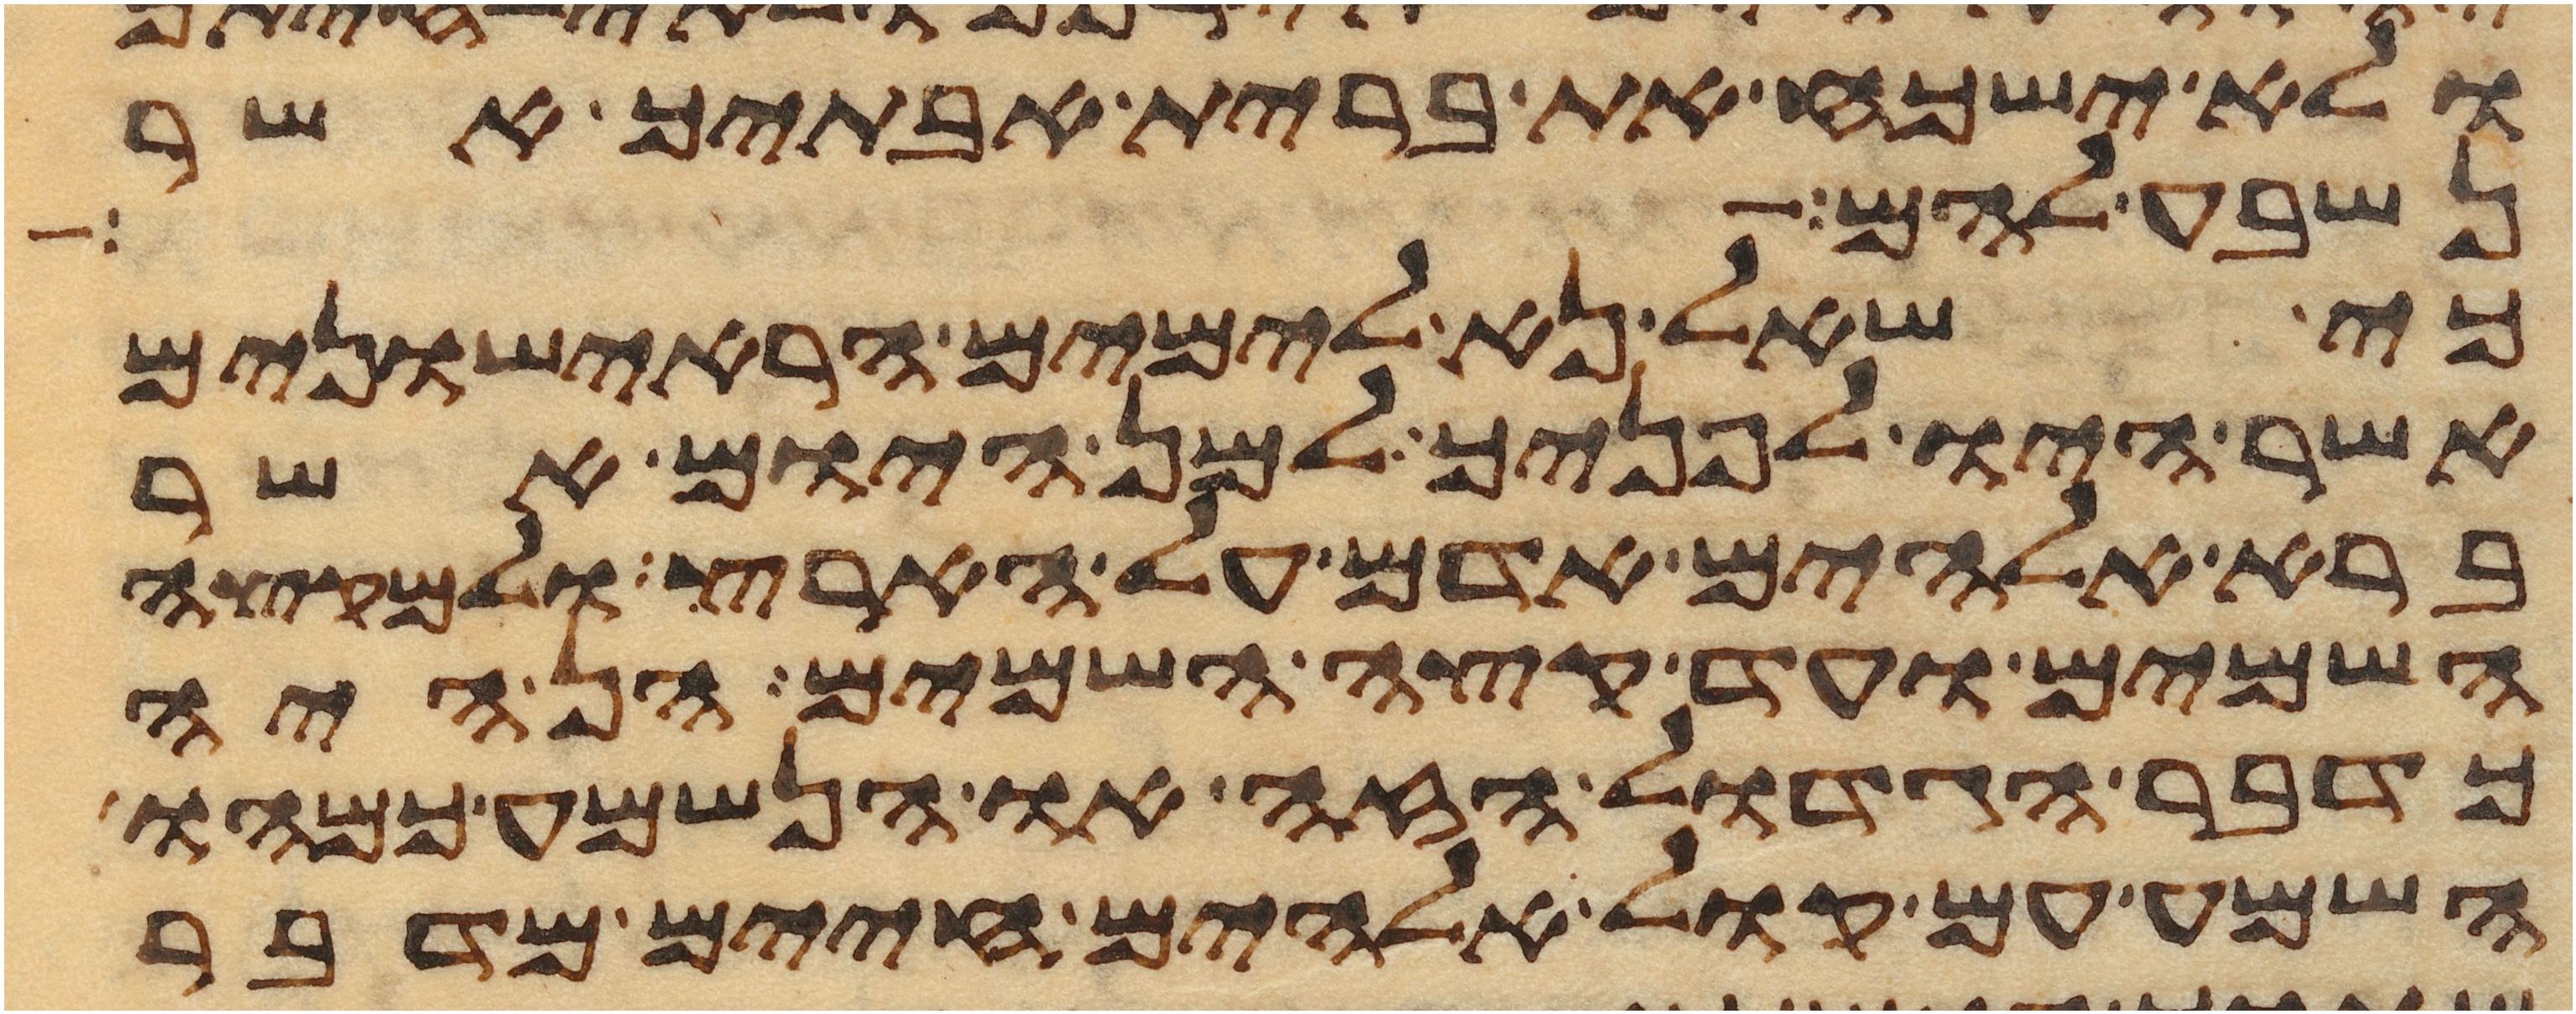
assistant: ולא ישכח את ברית אבתיך אשר
נשבע להם
כי שאל נא לימים הראישונים
אשר היו לפניך למן היום אשר
ברא אלהים אדם על הארץ ולמקצה
השמים ועד קצה השמים הן היה
כדבר הגדול הזה או הנשמע כמהו
השמע עם קול אלהים חיים מדבר